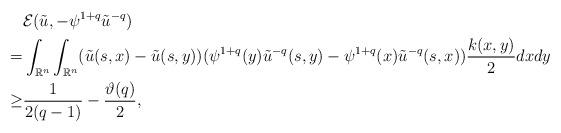
LaTeX: \begin{align*}& \mathcal{E}(\tilde{u},-\psi^{1+q}\tilde{u}^{-q}) \\= & \int_{\mathbb{R}^{n}}\int_{\mathbb{R}^{n}}(\tilde{u}(s,x)-\tilde{u}(s,y))(\psi^{1+q}(y)\tilde{u}^{-q}(s,y)-\psi^{1+q}(x)\tilde{u}^{-q}(s,x))\frac{k(x,y)}{2}dxdy \\\geq & \frac{1}{2(q-1)} - \frac{\vartheta(q)}{2},\end{align*}